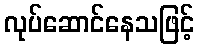
လုပ်ဆောင်နေသဖြင့်